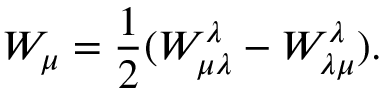
W _ { \mu } = { \frac { 1 } { 2 } } ( W _ { \mu \lambda } ^ { \lambda } - W _ { \lambda \mu } ^ { \lambda } ) .